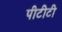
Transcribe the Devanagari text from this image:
पीटीटी